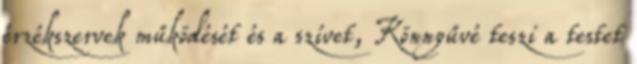
érzékszervek működését és a szívet, Könnyűvé teszi a testet